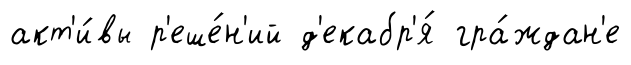
акт'и́вы р'еше́н'ий д'екабр'я́ гра́ждан'е